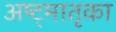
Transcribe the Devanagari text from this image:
अष्ट्मातृका